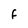
Character: F